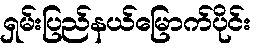
ရှမ်းပြည်နယ်မြောက်ပိုင်း